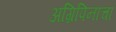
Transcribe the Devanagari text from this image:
अग्रिपिनाचा